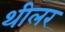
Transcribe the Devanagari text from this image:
थीलर